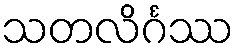
သတလိင်္ဂဿ